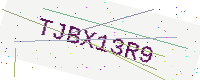
Text: TJBX13R9